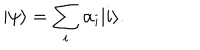
LaTeX: | \psi \rangle = \sum _ { i } \alpha _ { i } | i \rangle .